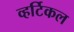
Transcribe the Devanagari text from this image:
व्हर्टिकल